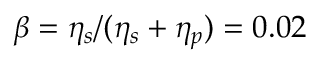
\beta = \eta _ { s } / ( \eta _ { s } + \eta _ { p } ) = 0 . 0 2